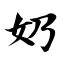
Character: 奶